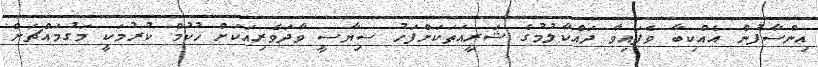
އިންސާފުން އެއްކިބާ ވެފައިވާ ދައްކާލުމުގެ ޝަރީއަތަކަށްފަހު ސިޔާސީ ވާދަވެރިއަކަށް ހުކުމް ކުރުމަކީ މަގުމައްޗަށް